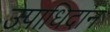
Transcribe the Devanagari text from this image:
उपाधिदान